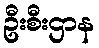
ဦးစီးဌာန